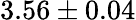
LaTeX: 3.56\pm 0.04